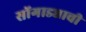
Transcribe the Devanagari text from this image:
सोंगाड्याची